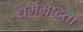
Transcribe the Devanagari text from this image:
धर्मभ्रष्टता